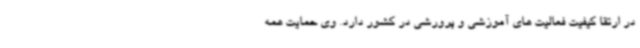
در ارتقا کیفیت فعالیت های آموزشی و پرورشی در کشور دارد. وی حمایت همه